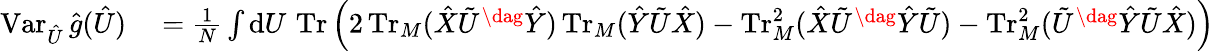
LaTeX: \begin{array}{rl}{\operatorname{Var}_{\hat{U}}\hat{g}(\hat{U})}&{{}\textstyle\stackrel{}{=}\frac{1}{N}\int\mathrm{d}U\, \operatorname{Tr}\left(2\operatorname{Tr}_{M}(\hat{X}\tilde{U}^{\dag}\hat{Y})\operatorname{Tr}_{M}(\hat{Y}\tilde{U}\hat{X})-\operatorname{Tr}_{M}^{2}(\hat{X}\tilde{U}^{\dag}\hat{Y}\tilde{U})-\operatorname{Tr}_{M}^{2}(\tilde{U}^{\dag}\hat{Y}\tilde{U}\hat{X})\right)}\end{array}